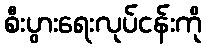
စီးပွားရေးလုပ်ငန်းကို